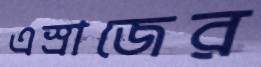
এস্রাজের